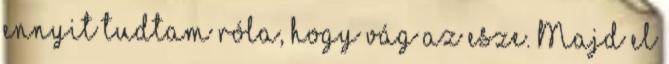
ennyit tudtam róla, hogy vág az esze. Majd el